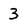
Character: 3